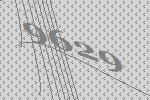
9629